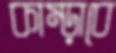
কাম্‌ড়াবে